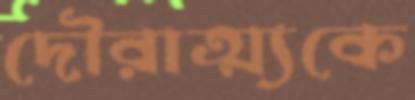
দৌরাত্ম্যকে